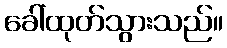
ခေါ်ထုတ်သွားသည်။